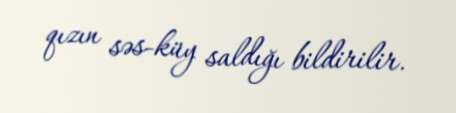
qızın səs-küy saldığı bildirilir.